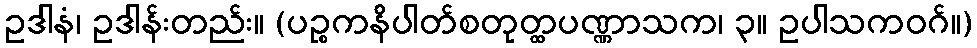
ဥဒါနံ၊ ဥဒါန်းတည်း။ (ပဉ္စကနိပါတ်စတုတ္ထပဏ္ဏာသက၊ ၃။ ဥပါသကဝဂ်။)